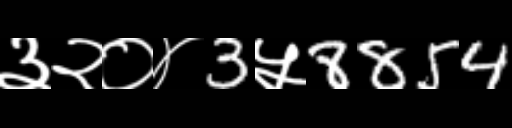
Text: ३२०४3५8854